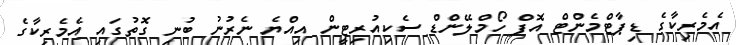
އެމެރިކާގެ ޑިޕާޓްމެންޓް އޮފް ހޯމްލޭންޑް ސެކިއުރިޓީން އިއްޔެ ނެރުނު ބުނި ގޮތުގައި އެމެރިކާގެ